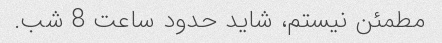
مطمئن نیستم، شاید حدود ساعت 8 شب.